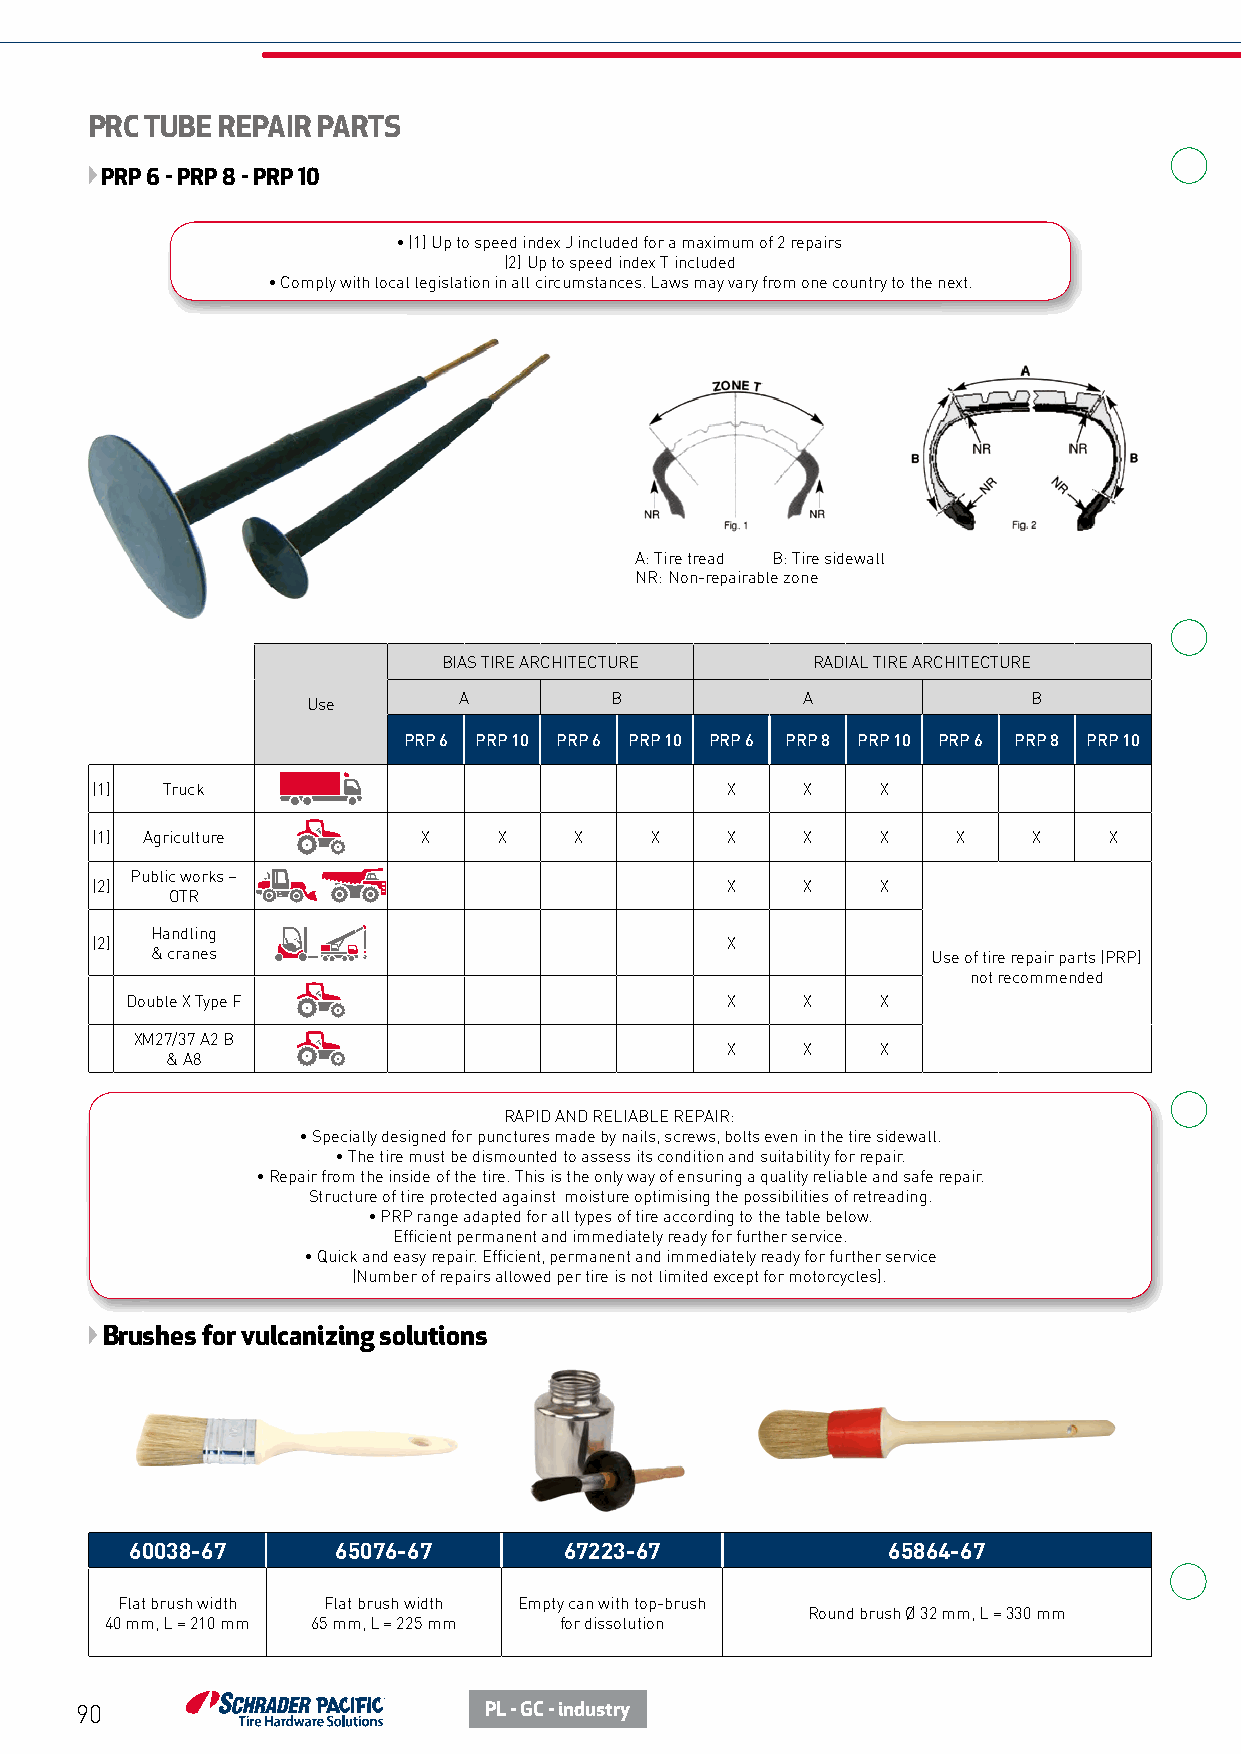
PRC TUBE REPAIR PARTS
 PRP 6 - PRP 8 - PRP 10
 • (1) Up to speed index J included for a maximum of 2 repairs
 (2) Up to speed index T included
 • Comply with local legislation in all circumstances. Laws may vary from one country to the next.
 A: Tire tread B: Tire sidewall
 NR: Non-repairable zone
 BIAS TIRE ARCHITECTURE   RADIAL TIRE ARCHITECTURE
 A         B            A              B
 Use
 PRP 6 PRP 10 PRP 6 PRP 10 PRP 6 PRP 8 PRP 10 PRP 6 PRP 8 PRP 10
 (1)  Truck                                X    X    X
 (1) Agriculture       X    X    X    X    X    X    X    X    X    X
 Public works –
 (2)                                       X    X    X
 OTR
 Handling
 (2)                                       X
 & cranes                                            Use of tire repair parts (PRP)
 not recommended
 Double X Type F                         X    X    X
 XM27/37 A2 B
 X    X    X
 & A8
 RAPID AND RELIABLE REPAIR:
 • Specially designed for punctures made by nails, screws, bolts even in the tire sidewall.
 • The tire must be dismounted to assess its condition and suitability for repair.
 • Repair from the inside of the tire. This is the only way of ensuring a quality reliable and safe repair.
 Structure of tire protected against moisture optimising the possibilities of retreading.
 • PRP range adapted for all types of tire according to the table below.
 Efficient permanent and immediately ready for further service.
 • Quick and easy repair. Efficient, permanent and immediately ready for further service
 (Number of repairs allowed per tire is not limited except for motorcycles).
 Brushes for vulcanizing solutions
 60038-67     65076-67       67223-67              65864-67
 Flat brush width Flat brush width Empty can with top-brush
 Round brush Ø 32 mm, L = 330 mm
 40 mm, L = 210 mm 65 mm, L = 225 mm for dissolution
 90                         PL - GC - industry